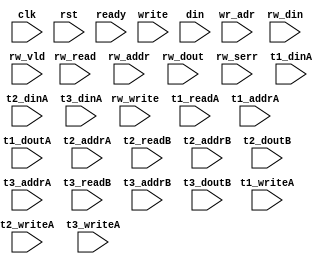

module algo_1rw1w_a6_sva_wrap 
#(parameter IP_WIDTH = 32, parameter IP_BITWIDTH = 5, parameter IP_DECCBITS = 7, parameter IP_NUMADDR = 8192, parameter IP_BITADDR = 13, 
parameter IP_NUMVBNK = 4,	parameter IP_BITVBNK = 2, parameter IP_BITPBNK = 3,
parameter IP_ENAECC = 0, parameter IP_ENAPAR = 0, parameter IP_SECCBITS = 4, parameter IP_SECCDWIDTH = 3, 
parameter FLOPECC = 0, parameter FLOPIN = 0, parameter FLOPOUT = 0, parameter FLOPCMD = 0, parameter FLOPMEM = 0,

parameter T1_WIDTH = 32, parameter T1_NUMVBNK = 16, parameter T1_BITVBNK = 4, parameter T1_DELAY = 1, parameter T1_NUMVROW = 512, parameter T1_BITVROW = 9,
parameter T2_WIDTH = 15, parameter T2_NUMVBNK = 2, parameter T2_BITVBNK = 1, parameter T2_DELAY = 1, parameter T2_NUMVROW = 512, parameter T2_BITVROW = 9,
parameter T3_WIDTH = 32, parameter T3_NUMVBNK = 2, parameter T3_BITVBNK = 1, parameter T3_DELAY = 1, parameter T3_NUMVROW = 512, parameter T3_BITVROW = 9)
			(clk, rst, ready,
                               write, wr_adr, din, rw_read, rw_write, rw_addr, rw_din,  rw_vld, rw_dout, rw_serr,
                              t1_readA, t1_writeA, t1_addrA, t1_dinA, t1_doutA,
                              t2_writeA, t2_addrA, t2_dinA, t2_readB, t2_addrB, t2_doutB,
                              t3_writeA, t3_addrA, t3_dinA, t3_readB, t3_addrB, t3_doutB);
							  
  parameter WIDTH = IP_WIDTH;
  parameter BITWDTH = IP_BITWIDTH;
  parameter NUMADDR = IP_NUMADDR;
  parameter BITADDR = IP_BITADDR;
  parameter NUMVROW = T1_NUMVROW;
  parameter BITVROW = T1_BITVROW;
  parameter NUMVBNK = T1_NUMVBNK;
  parameter BITVBNK = T1_BITVBNK;
  parameter SRAM_DELAY = T1_DELAY;
  parameter ECCDWIDTH = IP_SECCDWIDTH;
  parameter ECCBITS = IP_SECCBITS;

  parameter SDOUT_WIDTH = 2*(BITVBNK+1)+ECCBITS;

  input                          write;
  input [BITADDR-1:0]            wr_adr;
  input [WIDTH-1:0]              din;
  
  input [1-1:0]                  rw_read;
  input [1-1:0]                  rw_write;
  input [1*BITADDR-1:0]          rw_addr;
  input [1*WIDTH -1 :0]          rw_din;
  input [1-1:0]                 rw_vld;
  input [1-1:0]                 rw_serr;
  input [1*WIDTH-1:0]           rw_dout;

  input                         ready;
  input                          clk, rst;

  input [NUMVBNK-1:0] t1_readA;
  input [NUMVBNK-1:0] t1_writeA;
  input [NUMVBNK*BITVROW-1:0] t1_addrA;
  input [NUMVBNK*WIDTH-1:0] t1_dinA;
  input [NUMVBNK*WIDTH-1:0] t1_doutA;

  input [2-1:0] t2_writeA;
  input [2*BITVROW-1:0] t2_addrA;
  input [2*SDOUT_WIDTH-1:0] t2_dinA;
  input [2-1:0] t2_readB;
  input [2*BITVROW-1:0] t2_addrB;
  input [2*SDOUT_WIDTH-1:0] t2_doutB;

  input [2-1:0] t3_writeA;
  input [2*BITVROW-1:0] t3_addrA;
  input [2*WIDTH-1:0] t3_dinA;
  input [2-1:0] t3_readB;
  input [2*BITVROW-1:0] t3_addrB;
  input [2*WIDTH-1:0] t3_doutB;

endmodule